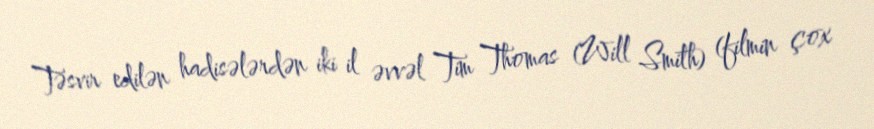
Təsvir edilən hadisələrdən iki il əvvəl Tim Thomas (Will Smith) (filmin çox